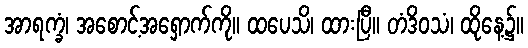
အာရက္ခံ၊ အစောင့်အရှောက်ကို။ ထပေသိ၊ ထားပြီ။ တံဒိဝသံ၊ ထိုနေ့၌။